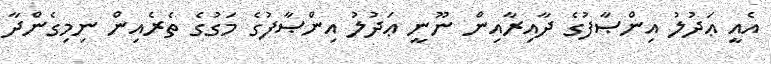
އެއީ ޢަދުލު އިންޞާފުގެ ދާއިރާއިން ނޫނީ ޢަދުލު އިންޞާފުގެ މަގުގެ ތެރެއިން ނިމިގެންދާ